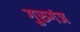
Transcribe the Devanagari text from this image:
गुरुगंज